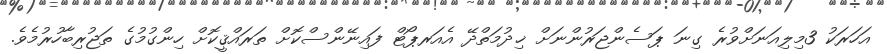
އަހަރަކު 3މިލިއަނަށްވުރެ ގިނަ ޕަސެންޖަރުންނަށް ޚިދުމަތްދޭ އެއަރޕޯޓް ފައިނޭންސްކޮށް ތަރައްޤީކޮށް ހިންގުމުގެ ތަޖުރިބާހުރުމެވެ.